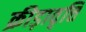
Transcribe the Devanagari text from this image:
क्रीड़ावृत्ति